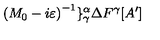
\left( M _ { 0 } - i \varepsilon \right) ^ { - 1 } \} _ { \gamma } ^ { \alpha } \Delta F ^ { \gamma } [ A ^ { \prime } ]